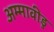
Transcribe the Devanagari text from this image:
अम्मावीडु